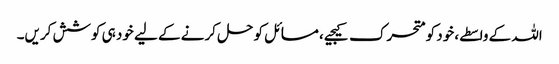
اللہ کے واسطے، خود کو متحرک کیجیے، مسائل کو حل کرنے کے لیے خود ہی کوشش کریں۔